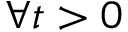
\forall t > 0